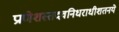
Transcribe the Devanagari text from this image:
प्राणेशस्तदवनिधराधीशतनये